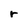
Character: r